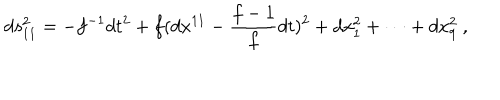
d s _ { 1 1 } ^ { 2 } = - f ^ { - 1 } d t ^ { 2 } + f ( d x ^ { 1 1 } - \frac { f - 1 } { f } d t ) ^ { 2 } + d x _ { 1 } ^ { 2 } + \cdots + d x _ { 9 } ^ { 2 } ~ ,